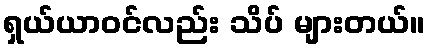
ရှယ်ယာဝင်လည်း သိပ် များတယ်။